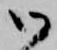
御